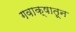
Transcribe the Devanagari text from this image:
गवाक्षातून